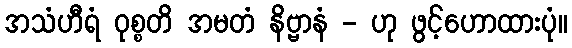
အသံဟီရံ ဝုစ္စတိ အမတံ နိဗ္ဗာနံ - ဟု ဖွင့်ဟောထားပုံ။